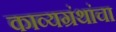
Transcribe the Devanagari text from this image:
काव्यग्रंथांचा